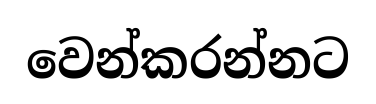
වෙන්කරන්නට